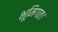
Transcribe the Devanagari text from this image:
भूमिगत।